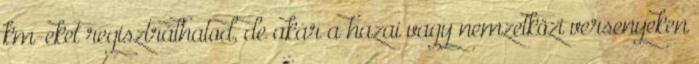
km-eket regisztrálhatod, de akár a hazai vagy nemzetközi versenyeken